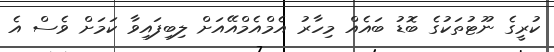
ކުރީގެ ނޫޓުތަކުގެ ބޮޑު ބައެއް މިހާރު އެމްއެމްއޭއަށް ލިބިފައިވާ ކަމަށް ވެސް އެ